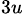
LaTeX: _{3u}